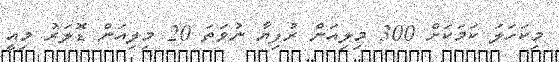
މިކަހަލަ ކަމަކަށް 300 މިލިއަން ރުފިޔާ ނުވަތަ 20 މިލިއަން ޑޮލަރު މިއީ